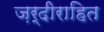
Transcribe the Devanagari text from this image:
ज़र्दीराहित